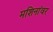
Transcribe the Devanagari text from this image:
मशिनांवर